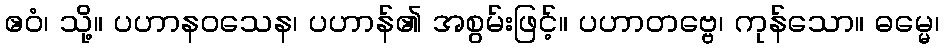
ဧဝံ၊ သို့။ ပဟာနဝသေန၊ ပဟာန်၏ အစွမ်းဖြင့်။ ပဟာတဗ္ဗေ၊ ကုန်သော။ ဓမ္မေ၊